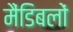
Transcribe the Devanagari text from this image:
मैंडिबलों